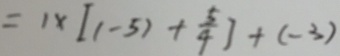
= 1 \times [ ( - 5 ) + \frac { 5 } { 4 } ] + ( - 3 )